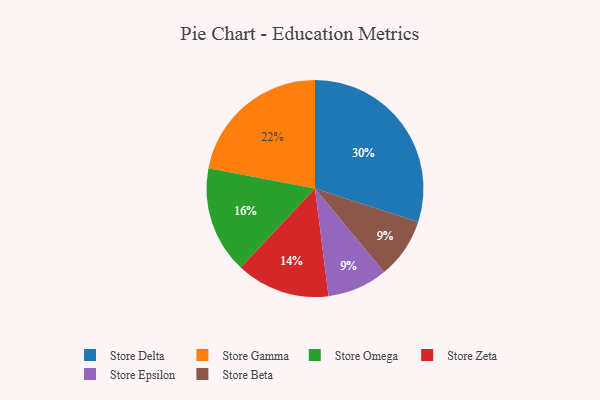
{"axis": {"x": "Category", "y": "Percentage"}, "legend": ["Store Beta", "Store Delta", "Store Epsilon", "Store Gamma", "Store Omega", "Store Zeta"], "data": [{"x": "Store Zeta", "y": 14, "type": "Store Zeta"}, {"x": "Store Epsilon", "y": 9, "type": "Store Epsilon"}, {"x": "Store Omega", "y": 16, "type": "Store Omega"}, {"x": "Store Gamma", "y": 22, "type": "Store Gamma"}, {"x": "Store Delta", "y": 30, "type": "Store Delta"}, {"x": "Store Beta", "y": 9, "type": "Store Beta"}]}